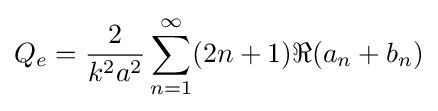
Q_{e}={\frac {2}{k^{2}a^{2}}}\sum _{n=1}^{\infty }(2n+1)\Re (a_{n}+b_{n})